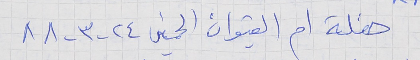
حفلة ام القيوان الخميس ٢٤ - ٣ - ٨٨